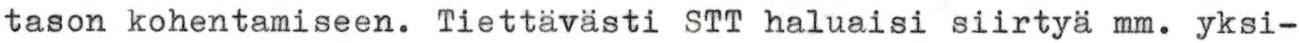
tason kohentamiseen. Tiettävästi STT haluaisi siirtyä mm. yksi-